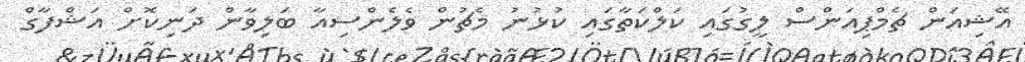
އޭޝިއަން ޗެމްޕިއަންސް ލީގުގައި ކަލްކަތާގައި ކުޅުނު މެޗުން ވެލެންސިއާ ބަލިވާން ދަނިކޮށް އަޝްފާގް